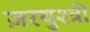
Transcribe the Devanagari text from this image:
ज़रथुश्त्री